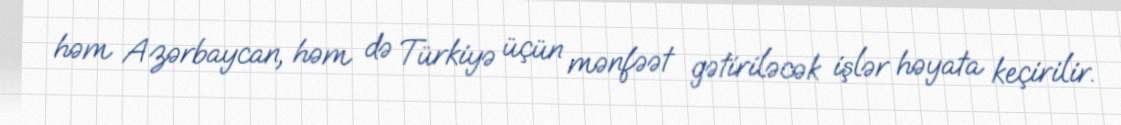
həm Azərbaycan, həm də Türkiyə üçün mənfəət gətiriləcək işlər həyata keçirilir.